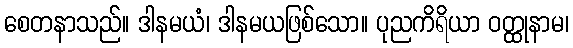
စေတနာသည်။ ဒါနမယံ၊ ဒါနမယဖြစ်သော။ ပုညကိရိယာ ဝတ္ထုနာမ၊